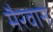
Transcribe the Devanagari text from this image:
मैरवान